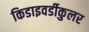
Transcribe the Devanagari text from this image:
किडाइवर्डीकुलर